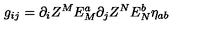
g _ { i j } = \partial _ { i } Z ^ { M } E _ { M } ^ { a } \partial _ { j } Z ^ { N } E _ { N } ^ { b } \eta _ { a b }